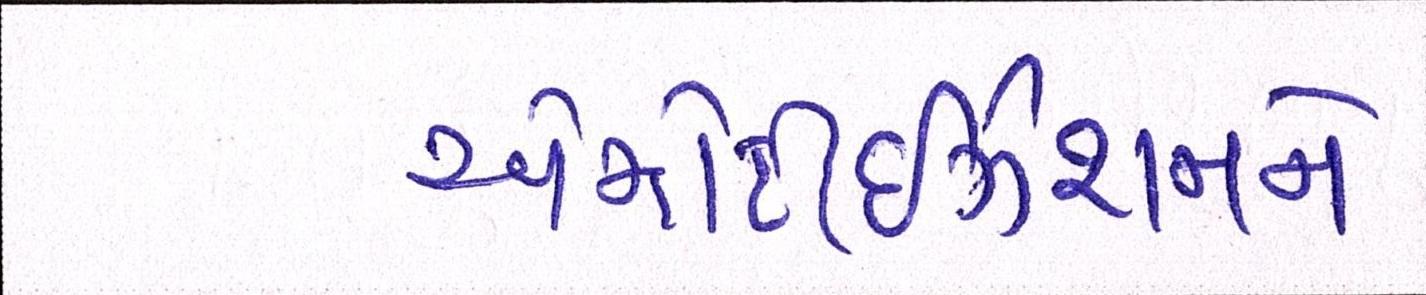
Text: એમોર્ટાઇઝેશનને